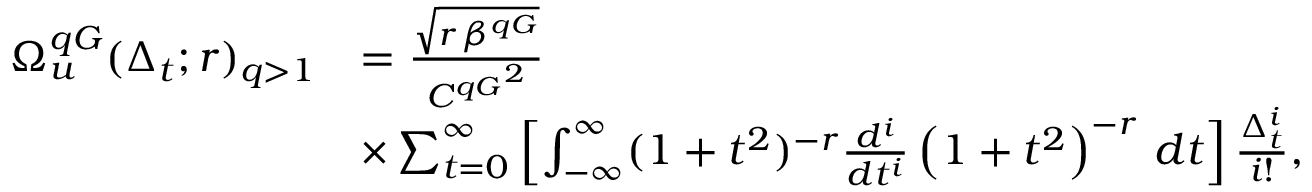
\begin{array} { r l } { \Omega _ { u } ^ { q G } ( \Delta _ { t } ; r ) _ { q > 1 } } & { = \frac { \sqrt { r \, \beta ^ { q G } } } { { C ^ { q G } } ^ { 2 } } } \\ & { \times \sum _ { t = 0 } ^ { \infty } \left[ \int _ { - \infty } ^ { \infty } ( 1 + t ^ { 2 } ) ^ { - r } \frac { d ^ { i } } { d t ^ { i } } \left( 1 + t ^ { 2 } \right) ^ { - r } \, d t \right] \frac { \Delta _ { t } ^ { i } } { i ! } , } \end{array}